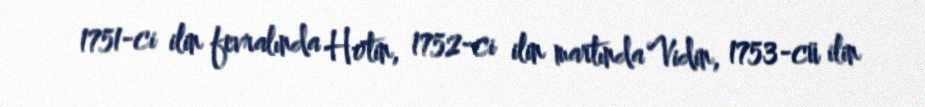
1751-ci ilin fevralında Hotin, 1752-ci ilin martında Vidin, 1753-cü ilin